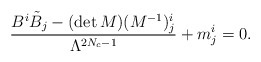
\begin{align*}\frac{B^i \tilde{B}_{{j}} - (\det M) (M^{-1})^{i}_{{j}}}{\Lambda^{2N_c-1}} + m^i_{j} = 0.\end{align*}